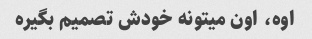
اوه، اون میتونه خودش تصمیم بگیره